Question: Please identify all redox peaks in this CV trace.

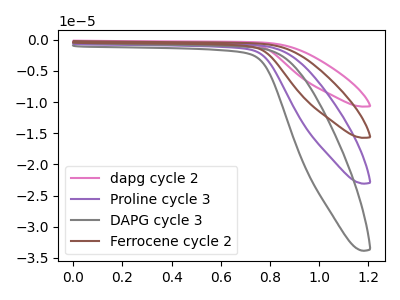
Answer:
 <answer>The pink curve "dapg cycle 2" has no peaks. The purple curve "Proline cycle 3" has no peaks. The gray curve "DAPG cycle 3" has no peaks. The brown curve "Ferrocene cycle 2" has no peaks.</answer>
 <eval></eval>